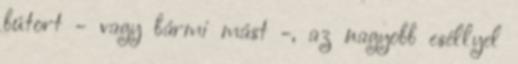
bútort - vagy bármi mást -, az nagyobb eséllyel